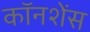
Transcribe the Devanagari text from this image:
कॉनशेंस